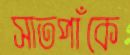
সাতপাঁকে